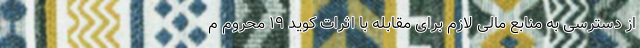
از دسترسی به منابع مالی لازم برای مقابله با اثرات کوید ۱۹ محروم م